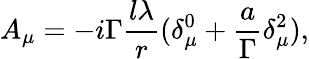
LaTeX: A_{\mu}=-i\Gamma\frac{l\lambda}r(\delta_{\mu}^{0}+\frac a\Gamma\delta_{\mu}^{2}),